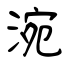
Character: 涴